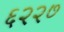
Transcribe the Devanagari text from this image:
६२२७